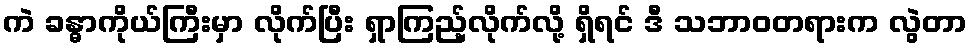
ကဲ ခန္ဓာကိုယ်ကြီးမှာ လိုက်ပြီး ရှာကြည့်လိုက်လို့ ရှိရင် ဒီ သဘာဝတရားက လွဲတာ